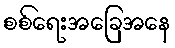
စစ်ရေးအခြေအနေ